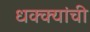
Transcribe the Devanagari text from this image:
धक्क्यांची